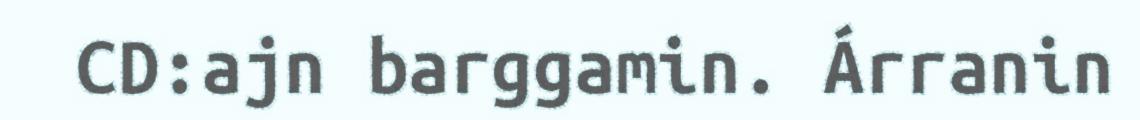
CD:ajn barggamin. Árranin